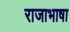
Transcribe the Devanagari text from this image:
राजाभाषा